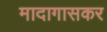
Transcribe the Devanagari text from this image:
मादागासकर